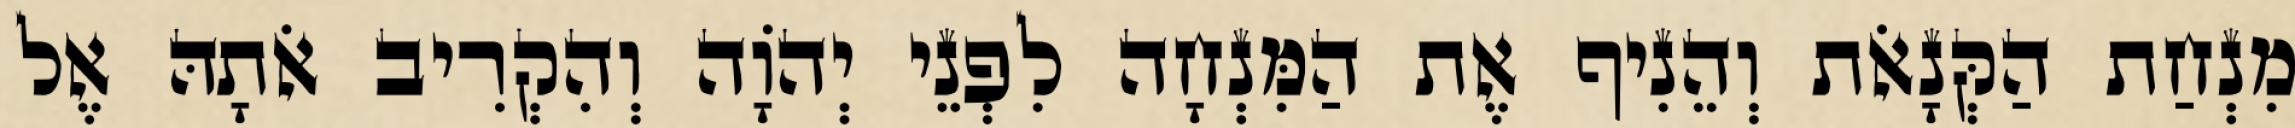
מִנְחַת הַקְּנָאֹת וְהֵנִיף אֶת הַמִּנְחָה לִפְנֵי יְהֹוָה וְהִקְרִיב אֹתָהּ אֶל